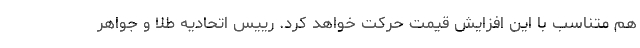
هم متناسب با این افزایش قیمت حرکت خواهد کرد. رییس اتحادیه طلا و جواهر